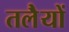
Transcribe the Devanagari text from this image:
तलेैयों